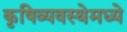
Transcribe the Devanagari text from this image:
कृषिव्यवस्थेमध्ये